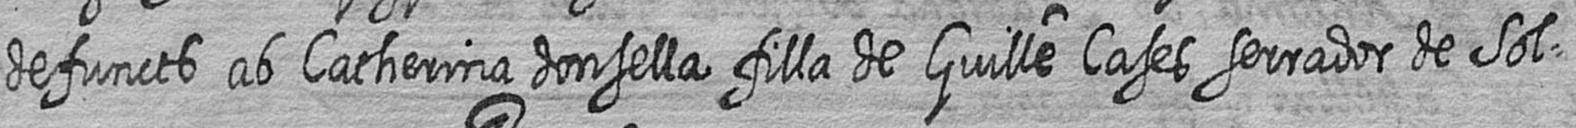
defuncts ab Catherina donsella filla de Guille Cases serrador de Sol=